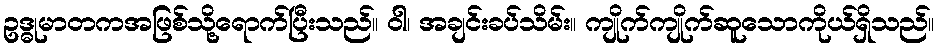
ဥဒ္ဓုမာတကအဖြစ်သို့ရောက်ပြီးသည်။ ဝါ၊ အချင်းခပ်သိမ်း။ ကျိုက်ကျိုက်ဆူသောကိုယ်ရှိသည်။